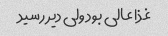
غذا عالی بود ولی دیر رسید